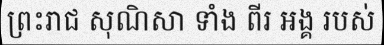
ព្រះរាជ សុណិសា ទាំង ពីរ អង្គ របស់